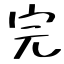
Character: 完